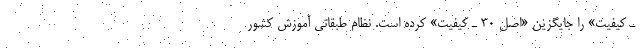
ـ کیفیت» را جایگزین «اصل 30 ـ کیفیت» کرده است. نظام طبقاتی آموزش کشور